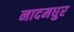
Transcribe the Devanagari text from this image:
नादमधुर